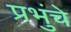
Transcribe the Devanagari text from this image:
प्रभुंचे